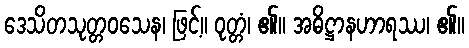
ဒေသိတသုတ္တဝသေန၊ ဖြင့်။ ဝုတ္တံ၊ ၏။ အဓိဋ္ဌာနဟာရဿ၊ ၏။